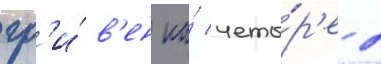
гр'и́в'ен на́ четы́р'е 2